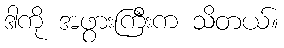
ဒါကို အဖွားကြီးက သိတယ်။